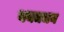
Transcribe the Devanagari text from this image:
बयञचन